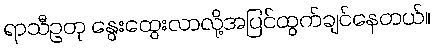
ရာသီဥတု နွေးထွေးလာလို့အပြင်ထွက်ချင်နေတယ်။